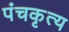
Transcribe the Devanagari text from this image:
पंचकृत्य